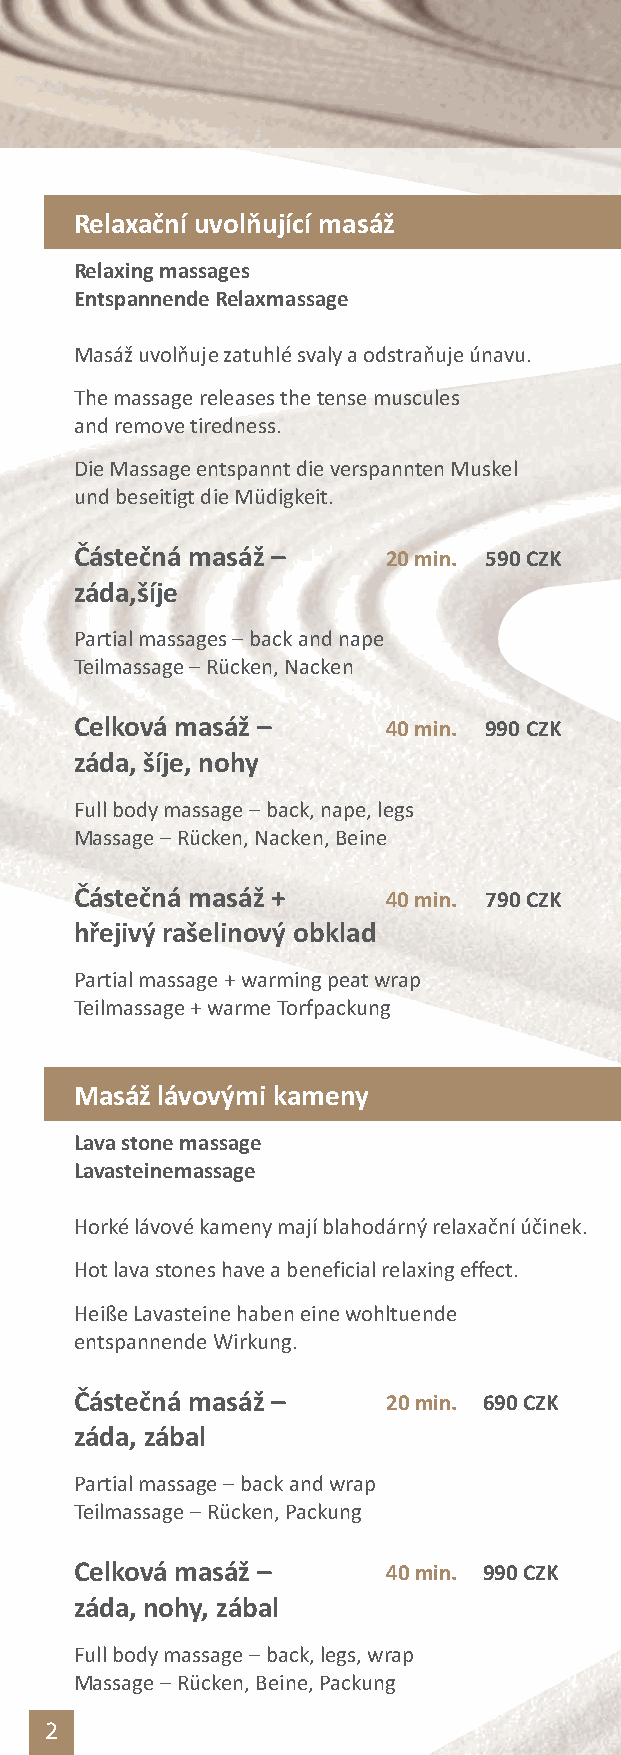
Relaxační uvolňující masáž
 Relaxing massages
 Entspannende Relaxmassage
 Masážuvolňujezatuhlé svaly a odstraňujeúnavu.
 The massage releases the tense muscules
 and remove tiredness.
 Die Massage entspannt die verspannten Muskel
 und beseitigt die Müdigkeit.
 Částečná masáž –     20 min. 590CZK
 záda,šíje
 Partial massages–back and nape
 Teilmassage–Rücken, Nacken
 Celková masáž –      40 min. 990 CZK
 záda, šíje, nohy
 Full body massage–back, nape, legs
 Massage–Rücken, Nacken, Beine
 Částečná masáž +     40 min. 790CZK
 hřejivý rašelinový obklad
 Partial massage + warming peat wrap
 Teilmassage + warme Torfpackung
 Masáž lávovými kameny
 Lava stone massage
 Lavasteinemassage
 Horké lávové kameny mají blahodárný relaxační účinek.
 Hot lava stones have a beneficial relaxing effect.
 Heiße Lavasteine haben eine wohltuende
 entspannende Wirkung.
 Částečná masáž –     20min. 690CZK
 záda, zábal
 Partial massage–back and wrap
 Teilmassage–Rücken, Packung
 Celková masáž –      40min. 990CZK
 záda, nohy, zábal
 Full body massage–back, legs, wrap
 Massage–Rücken, Beine, Packung
 2